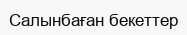
Салынбаған бекеттер